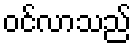
ဝင်လာသည်